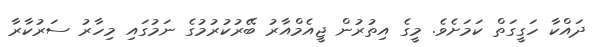
ދައްކާ ހަގީގަތް ކަމަށެވެ. މީގެ އިތުރުން ޖީއެމްއާރު ބޭރުކުރުމުގެ ނަމުގައި މިހާރު ސަރުކާރާ